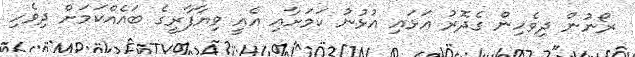
ރޯނުން ދިވެހިން ގެދޮރު އަޅައި އުޅުނު ކަމަށާއި އެއީ ވިޔާފާރީގެ ބައެއްކަމަށް ދިވެހި